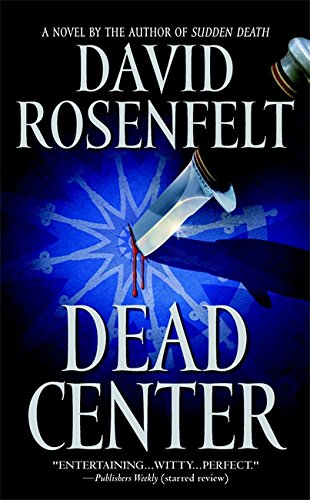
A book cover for Dead Center; David Rosenfelt; Mystery, Thriller & Suspense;